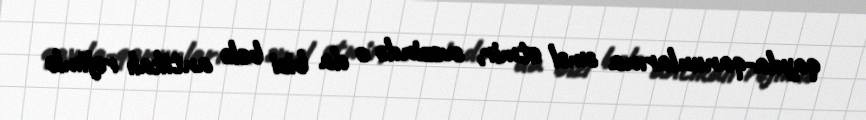
qayda-qanunlarına əməl etmir, əvəzində o da bizi belə antikalı rejimlə